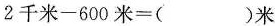
$$2 \text { 千 米 } - 6 0 0 \text { 米 } =$$ ()米